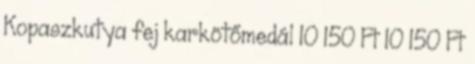
Kopaszkutya fej karkötőmedál 10 150 Ft 10 150 Ft